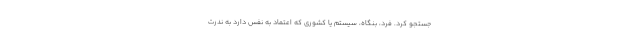
جستجو کرد. فرد، بنگاه، سیستم یا کشوری که اعتماد به نفس دارد به ندرت